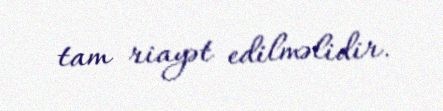
tam riayət edilməlidir.